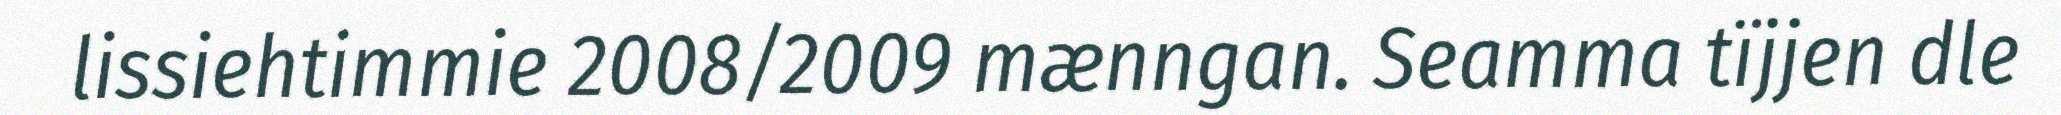
lissiehtimmie 2008/2009 mænngan. Seamma tïjjen dle